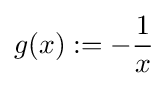
g(x):=-{\frac {1}{x}}